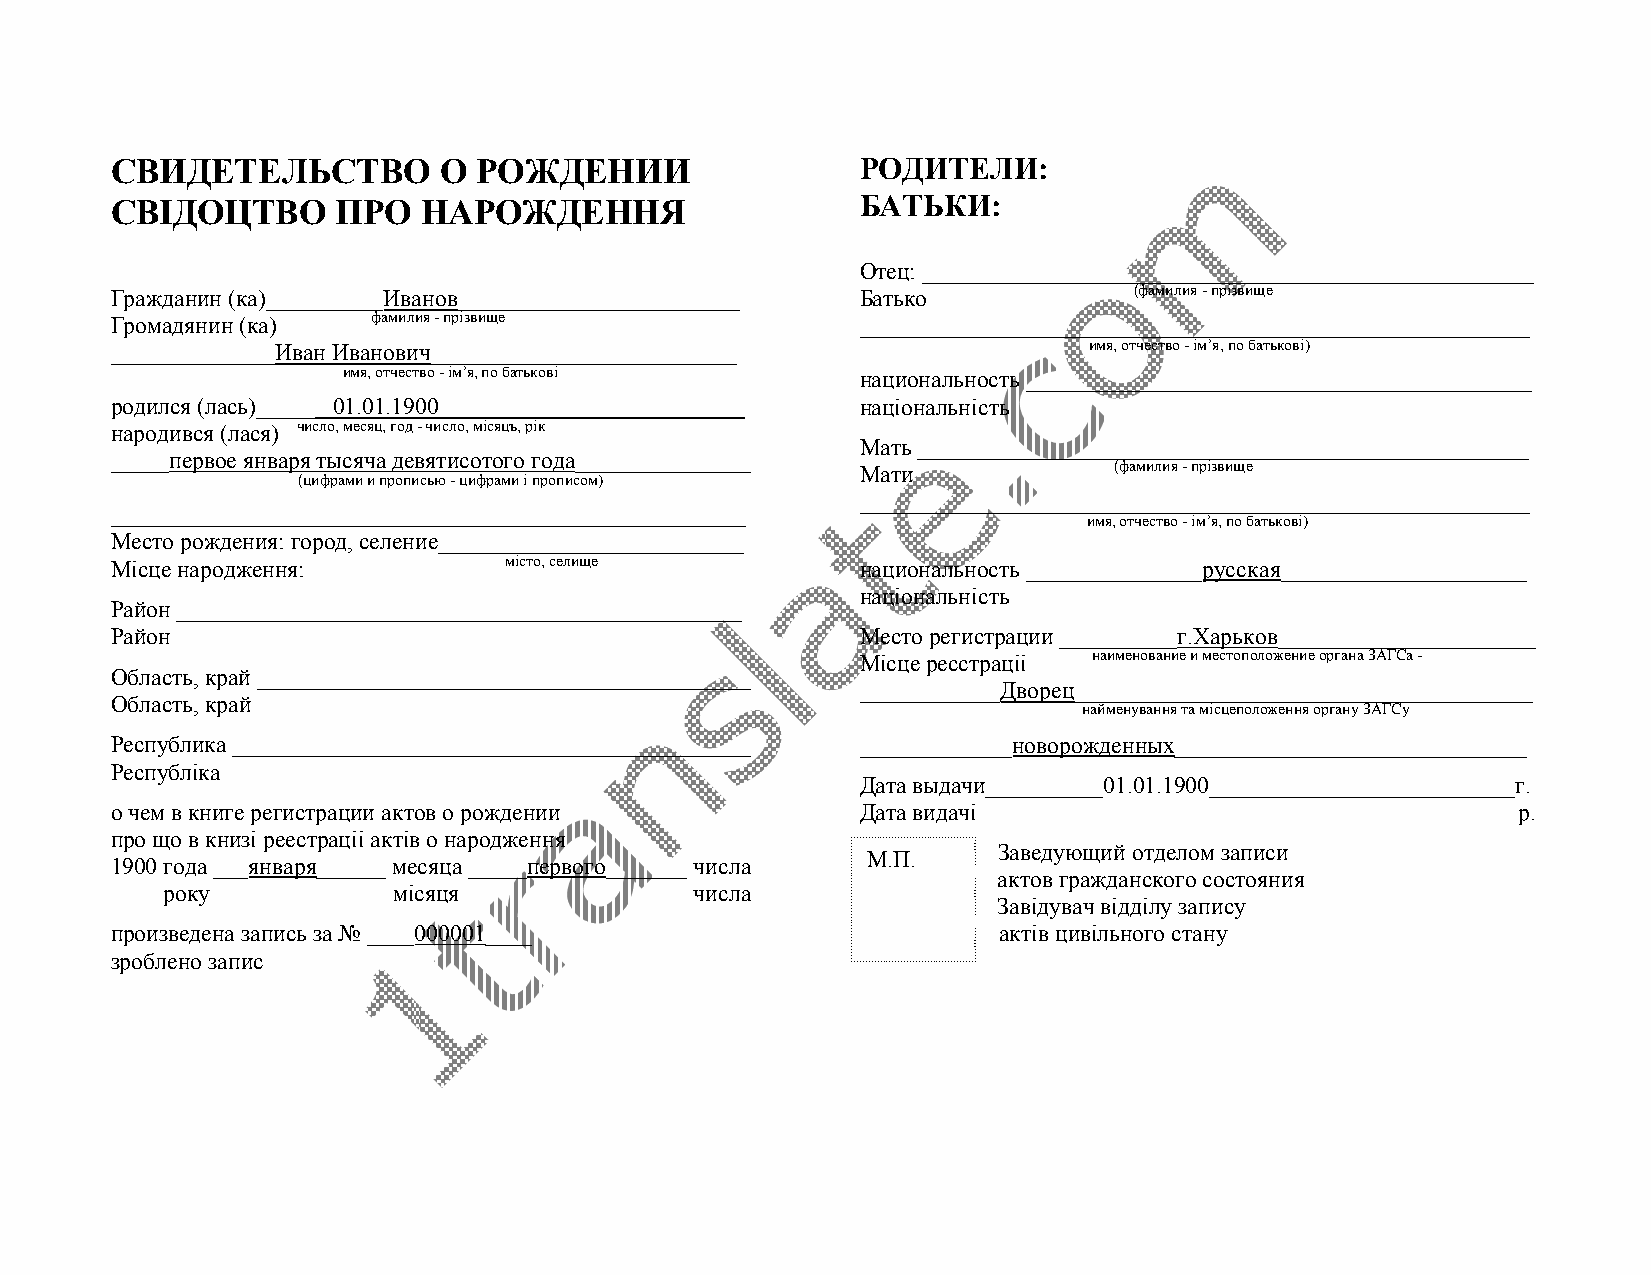
СВИДЕТЕЛЬСТВО         О  РОЖДЕНИИ                 РОДИТЕЛИ:
 СВIДОЦТВО      ПРО   НАРОЖДЕННЯ                   БАТЬКИ:
 Отец: ____________________________________________________
 Гражданин (ка)__________Иванов________________________ Батько       (фамилия - прізвище
 Громадянин (ка)   фамилия - прізвище              _________________________________________________________
 ______________Иван Иванович__________________________            имя, отчество - iм’я, по батьковi)
 имя, отчество - iм’я, по батьковi национальность ___________________________________________
 родился (лась)_____ _01.01.1900__________________________ національність
 народився (лася) число, месяц, год - число, місяцъ, рік
 Мать ____________________________________________________
 _____первое января тысяча девятисотого года_______________
 Мати             (фамилия - прізвище
 (цифрами и прописью - цифрами i прописом)
 _________________________________________________________
 ______________________________________________________
 имя, отчество - iм’я, по батьковi)
 Место рождения: город, селение__________________________
 Мiсце народження:         мiсто, селище           национальность _______________русская_____________________
 національність
 Район ________________________________________________
 Район                                             Место регистрации __________г.Харьков______________________
 Місце ресстраціі наименование и местоположение органа ЗАГСа -
 Область, край __________________________________________
 ____________Дворец_______________________________________
 Область, край
 найменування та мiсцеположення органу ЗАГСу
 Республика ____________________________________________ _____________новорожденных______________________________
 Республiка
 Дата выдачи__________01.01.1900__________________________г.
 о чем в книге регистрации актов о рождении        Дата видачі                                р.
 про що в книзі реестраціі актів о народження
 Заведующий отделом записи
 М.П.
 1900 года ___января______ месяца _____первого_______ числа
 актов гражданского состояния
 року           місяця              числа
 Завідувач відділу запису
 произведена запись за № ____000001____                     актів цивільного стану
 зроблено запис